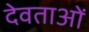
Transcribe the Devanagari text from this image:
देवताअाें